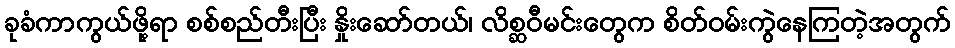
ခုခံကာကွယ်ဖို့ရာ စစ်စည်တီးပြီး နှိုးဆော်တယ်၊ လိစ္ဆဝီမင်းတွေက စိတ်ဝမ်းကွဲနေကြတဲ့အတွက်